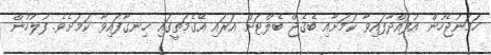
ހަމަނުޖެހުން އުފައްދާފައިވާ ކަމަށާއި ބެގެޖް ބެލްޓަށް އަރައި އޭގެމަތީގައި ހިނގާފައިވާ ކަމަށެވެ. ފުލުހުން